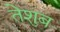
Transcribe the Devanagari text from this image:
तेशुब